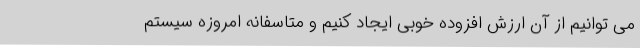
می توانیم از آن ارزش افزوده خوبی ایجاد کنیم و متاسفانه امروزه سیستم